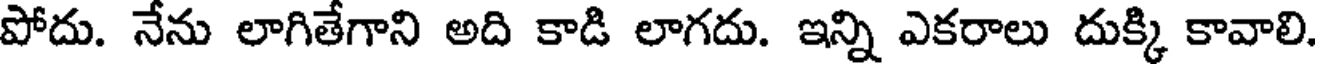
పోదు. నేను లాగితేగాని అది కాడి లాగదు. ఇన్ని ఎకరాలు దుక్కి కావాలి.